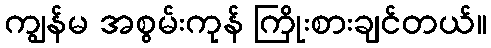
ကျွန်မ အစွမ်းကုန် ကြိုးစားချင်တယ်။